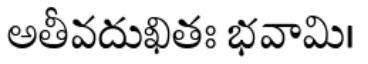
అతీవదుఖితః భవామి।